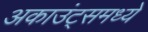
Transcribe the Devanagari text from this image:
अकाउंट्समध्ये